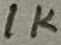
Text: 1K